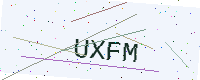
Text: UXFM